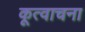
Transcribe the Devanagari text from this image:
कूत्वाचना